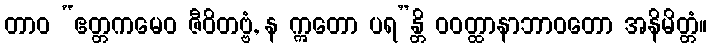
တာဝ “ဧတ္တကမေဝ ဇီဝိတဗ္ဗံ, န ဣတော ပရ”န္တိ ဝဝတ္ထာနာဘာဝတော အနိမိတ္တံ။